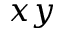
x y